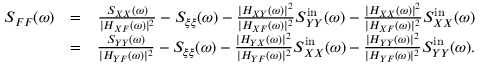
\begin{array} { r l r } { S _ { F F } ( \omega ) } & { = } & { \frac { S _ { X X } ( \omega ) } { | H _ { X F } ( \omega ) | ^ { 2 } } - S _ { \xi \xi } ( \omega ) - \frac { | H _ { X Y } ( \omega ) | ^ { 2 } } { | H _ { X F } ( \omega ) | ^ { 2 } } S _ { Y Y } ^ { \mathrm { i n } } ( \omega ) - \frac { | H _ { X X } ( \omega ) | ^ { 2 } } { | H _ { X F } ( \omega ) | ^ { 2 } } S _ { X X } ^ { \mathrm { i n } } ( \omega ) } \\ & { = } & { \frac { S _ { Y Y } ( \omega ) } { | H _ { Y F } ( \omega ) | ^ { 2 } } - S _ { \xi \xi } ( \omega ) - \frac { | H _ { Y X } ( \omega ) | ^ { 2 } } { | H _ { Y F } ( \omega ) | ^ { 2 } } S _ { X X } ^ { \mathrm { i n } } ( \omega ) - \frac { | H _ { Y Y } ( \omega ) | ^ { 2 } } { | H _ { Y F } ( \omega ) | ^ { 2 } } S _ { Y Y } ^ { \mathrm { i n } } ( \omega ) . } \end{array}